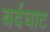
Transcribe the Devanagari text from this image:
बर्दघाट